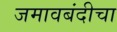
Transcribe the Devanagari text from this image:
जमावबंदीचा